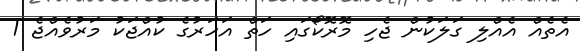
އެތެއް އެއްލި ގަލަކުން ޖެހި މޮރޮކޯގައި ހަތް އަހަރުގެ ކުއްޖަކު މަރުވެއްޖެ 1